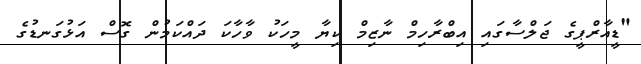
"ޑީއާރްޕީގެ ޖަލްސާގައި އިބްރާހިމް ނާޒިމް ކިޔާ މީހަކު ވާހާކަ ދައްކަމުން ގޮސް އަޅުގަނޑުގެ